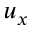
u _ { x }